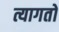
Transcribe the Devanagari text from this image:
त्यागतो